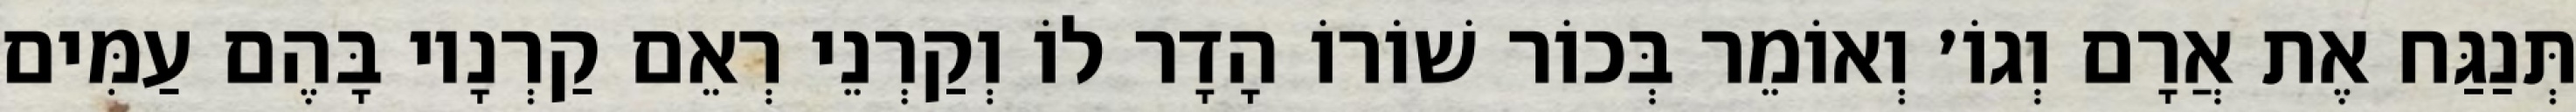
תְּנַגַּח אֶת אֲרָם וְגוֹ׳ וְאוֹמֵר בְּכוֹר שׁוֹרוֹ הָדָר לוֹ וְקַרְנֵי רְאֵם קַרְנָיו בָּהֶם עַמִּים